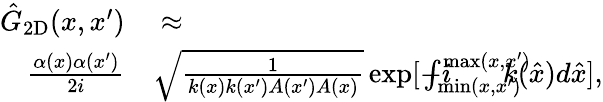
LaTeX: \begin{array}{rl}{\hat{G}_{\mathrm{2D}}(x,x^{\prime})}&{{}\approx}\\ {\frac{\alpha(x)\alpha(x^{\prime})}{2i}}&{{}\sqrt{\frac{1}{k(x)k(x^{\prime})A(x^{\prime})A(x)}}\exp[-i\! \! \! \! \! \! \! \int_{\operatorname*{min}(x,x^{\prime})}^{\operatorname*{max}(x,x^{\prime})}\! \! \! \! \! \! \! {k(\hat{x})d\hat{x}}],}\end{array}